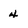
Character: 4